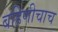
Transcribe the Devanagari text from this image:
बहिणीचाच